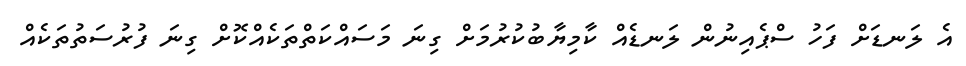
އެ ލަނޑަށް ފަހު ސްޕެއިނުން ލަނޑެއް ކާމިޔާބުކުރުމަށް ގިނަ މަސައްކަތްތަކެއްކޮށް ގިނަ ފުރުސަތުތަކެއް